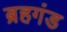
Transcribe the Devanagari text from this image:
ब्रहगंड